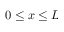
0 \le x \le L